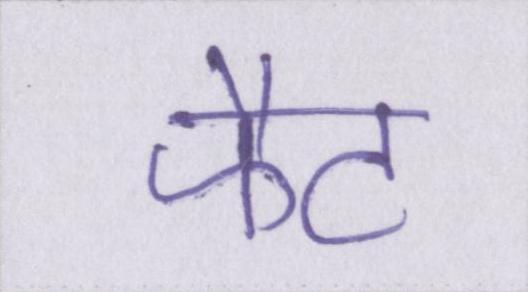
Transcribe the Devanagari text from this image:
फैट